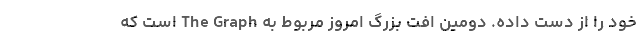
خود را از دست داده. دومین افت بزرگ امروز مربوط به The Graph است که